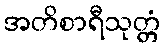
အတိစာရီသုတ္တံ